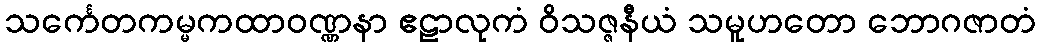
သင်္ကေတကမ္မကထာဝဏ္ဏနာ ဧဠာလုကံ ဝိသဇ္ဇနီယံ သမူဟတော ဘောဂဇာတံ